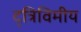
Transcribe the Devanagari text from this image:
द्त्रिविमीय